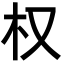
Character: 权